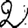
Digit: 2